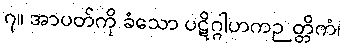
၇။ အာပတ်ကို ခံသော ပဋိဂ္ဂါဟကဉတ္တိကံ၊